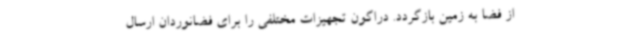
از فضا به زمین بازگردد. دراگون تجهیزات مختلفی را برای فضانوردان ارسال